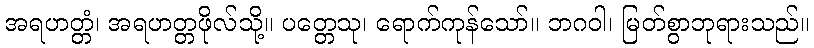
အရဟတ္တံ၊ အရဟတ္တဖိုလ်သို့။ ပတ္တေသု၊ ရောက်ကုန်သော်။ ဘဂဝါ၊ မြတ်စွာဘုရားသည်။